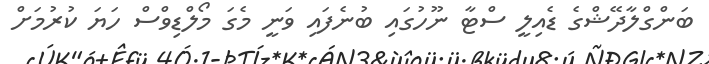
ބަންގްލާދޭޝްގެ ޑެއިލީ ސްޓާ ނޫހުގައި ބުނެފައި ވަނީ މެގަ މޯލްޑިވްސް ހަޔަ ކުރުމަށް